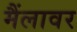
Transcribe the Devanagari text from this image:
मैंलावर